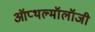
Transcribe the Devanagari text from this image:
ऑप्थल्मॉलॉजी